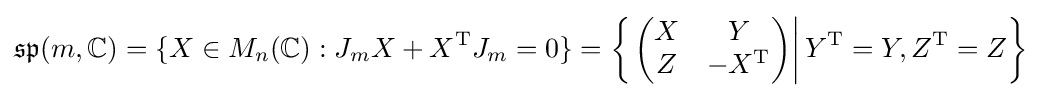
{\mathfrak {sp}}(m,\mathbb {C} )=\{X\in M_{n}(\mathbb {C} ):J_{m}X+X^{\mathrm {T} }J_{m}=0\}=\left\{\left.\left({\begin{matrix}X&Y\\Z&-X^{\mathrm {T} }\end{matrix}}\right)\right|Y^{\mathrm {T} }=Y,Z^{\mathrm {T} }=Z\right\}